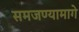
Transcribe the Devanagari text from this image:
समजण्यामागे